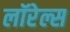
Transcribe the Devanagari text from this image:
लॉरेल्स